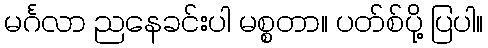
မင်္ဂလာ ညနေခင်းပါ မစ္စတာ။ ပတ်စ်ပို့ ပြပါ။